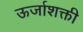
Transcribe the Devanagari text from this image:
ऊर्जाशक्ती